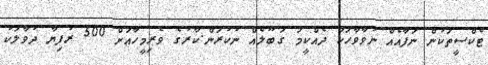
ޓެކްސީތަކުން ނަފާއެއް ނުވާވާހަކަ ދެއްކީމަ ގަބޫލެއް ނުކުރަން.ކާރުގެ ވެރިމީހާއަށް 500 ރުފިޔާ ދުވާލަކު